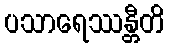
ပသာရေဿန္တီတိ